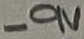
Text: -9V